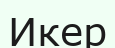
Икер